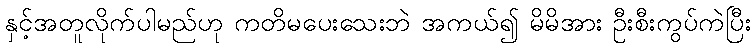
နှင့်အတူလိုက်ပါမည်ဟု ကတိမပေးသေးဘဲ အကယ်၍ မိမိအား ဦးစီးကွပ်ကဲပြီး